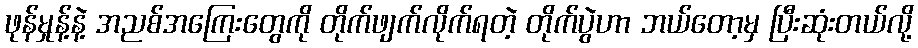
ဖုန်မှုန့်နဲ့ အညစ်အကြေးတွေကို တိုက်ဖျက်လိုက်ရတဲ့ တိုက်ပွဲဟာ ဘယ်တော့မှ ပြီးဆုံးတယ်လို့